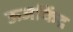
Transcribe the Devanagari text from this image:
ऊर्जाकेंद्र